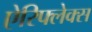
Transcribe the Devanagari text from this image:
ऐरिफ्लेक्स